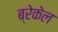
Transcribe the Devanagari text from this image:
ब्रेकेल